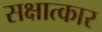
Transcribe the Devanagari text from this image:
सक्षात्कार